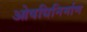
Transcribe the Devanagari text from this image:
ओषधिनिर्माण